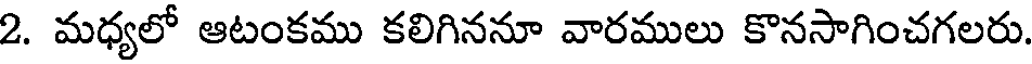
2. మధ్యలో ఆటంకము కలిగిననూ వారములు కొనసాగించగలరు.